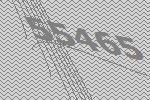
55465